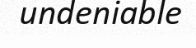
undeniable